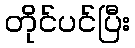
တိုင်ပင်ပြီး